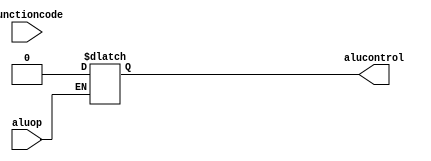
module alucontrol(input aluop,functioncode,output reg alucontrol);

always@(aluop,functioncode)
begin
case(aluop)
    2'b00: alucontrol = 4'b0000;

endcase
end
endmodule